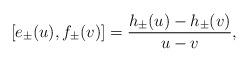
LaTeX: \begin{align*}[e_\pm(u),f_\pm(v)]=\frac{h_\pm(u)-h_\pm(v)}{u-v},\end{align*}